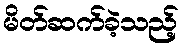
မိတ်ဆက်ခဲ့သည့်